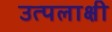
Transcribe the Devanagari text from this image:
उत्पलाक्षी